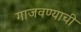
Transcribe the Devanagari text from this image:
गाजवण्याची